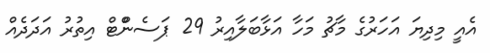
އެއީ މިދިޔަ އަހަރުގެ މާޗު މަހާ އަޅާބަލާއިރު 29 ޕަސެންްޓް އިތުރު އަދަދެއް